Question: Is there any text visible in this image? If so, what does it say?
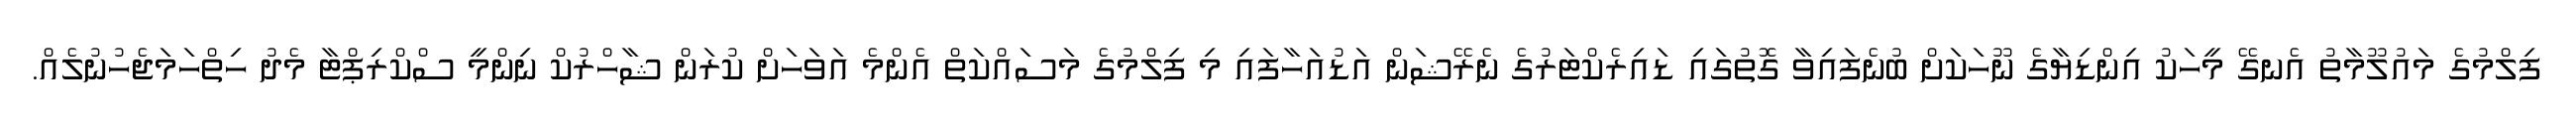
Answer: ފިލްމުގެ މައުލޫމާތު އެނގޭ މީހަކު އިންޑިޔާގެ ނޫހަކަށް ބުނެފައިވާ ގޮތުގައި ޑައިރެކްޓަރުގެ ނެރޭޝަން އަޑުއަހާފައި މި ފިލްމުގެ މަސައްކަތް އެންމެ އަވަހަށް ކުރަން ޝާހްރުކް ނިންމީ ސްކްރިޕްޓާ މެދު ހިތްހަމަޖެހުނުލެއް.